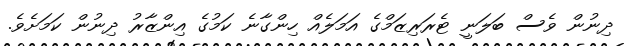
ދިނުން ވެސް ބަލަނީ ޓެރަރިޒަމްގެ އަމަލެއް ހިންގާނެ ކަމުގެ އިންޒާރު ދިނުން ކަމަށެވެ.